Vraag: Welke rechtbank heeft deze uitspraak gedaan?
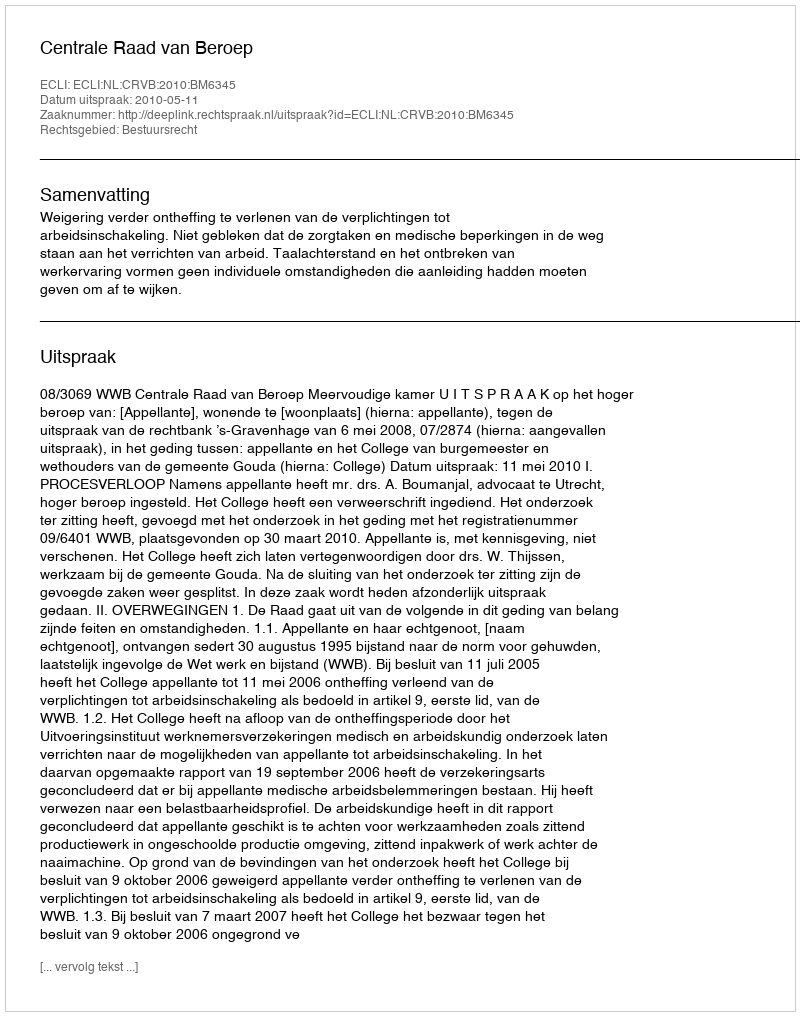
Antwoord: Centrale Raad van Beroep